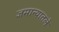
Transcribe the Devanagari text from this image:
जमान्यातले